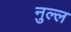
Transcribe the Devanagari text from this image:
नुल्ल